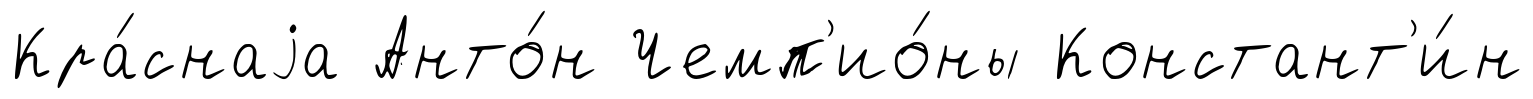
Кра́снаjа Анто́н Чемп'ио́ны Констант'и́н